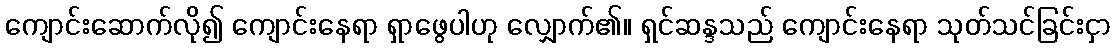
ကျောင်းဆောက်လို၍ ကျောင်းနေရာ ရှာဖွေပါဟု လျှောက်၏။ ရှင်ဆန္ဒသည် ကျောင်းနေရာ သုတ်သင်ခြင်းငှာ